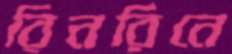
রিনরিনে